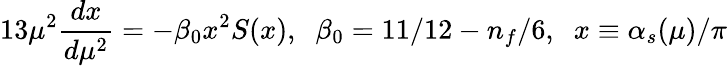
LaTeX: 13\mu^{2}\frac{dx}{d\mu^{2}}=-\beta_{0}x^{2}S(x),\; \; \beta_{0}=11/12-n_{f}/6,\; \; x\equiv\alpha_{s}(\mu)/\pi